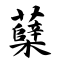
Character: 蘖